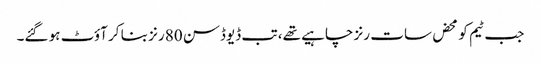
جب ٹیم کو محض سات رنز چاہیے تھے، تب ڈیوڈسن 80 رنز بنا کر آؤٹ ہو گئے۔